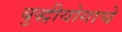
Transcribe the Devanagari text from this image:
बुद्धीयोगाचे